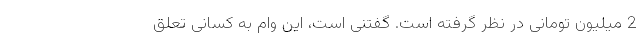
2 میلیون تومانی در نظر گرفته است. گفتنی است، این وام به کسانی تعلق